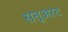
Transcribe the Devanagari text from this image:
सतूअरट